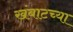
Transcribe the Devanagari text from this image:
खंबाटच्या